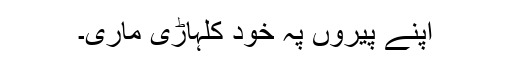
اپنے پیروں پہ خود کلہاڑی ماری۔